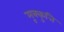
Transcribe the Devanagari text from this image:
मूक्कुत्ति